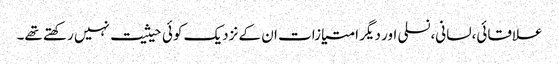
علاقائی،لسانی،نسلی اور دیگر امتیازات ان کے نزدیک کوئی حیثیت نہیں رکھتے تھے۔